Indian Medical Review
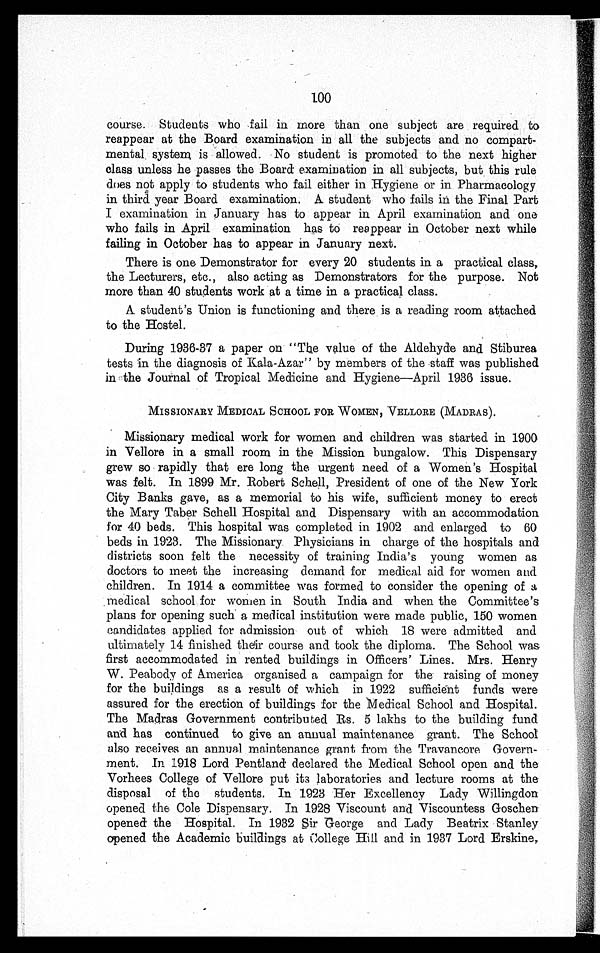
100
course. Students who fail in more than one subject are required to
reappear at the Board examination in all the subjects and no compart-
mental system is allowed. No student is promoted to the next higher
class unless he passes the Board examination in all subjects, but this rule
does not apply to students who fail either in Hygiene or in Pharmacology
in third year Board examination. A student who fails in the Final Part
I examination in January has to appear in April examination and one
who fails in April examination has to reappear in October next while
failing in October has to appear in January next.
There is one Demonstrator for every 20 students in a practical class,
the Lecturers, etc., also acting as Demonstrators for the purpose. Not
more than 40 students work at a time in a practical class.
A student's Union is functioning and there is a reading room attached
to the Hostel.
During 1936-37 a paper on "The value of the Aldehyde and Stiburea
tests in the diagnosis of Kala-Azar" by members of the staff was published
in the Journal of Tropical Medicine and Hygiene—April 1936 issue.
MISSIONARY MEDICAL SCHOOL FOR WOMEN, VELLORE (MADRAS).
Missionary medical work for women and children was started in 1900
in Vellore in a small room in the Mission bungalow. This Dispensary
grew so rapidly that ere long the urgent need of a Women's Hospital
was felt. In 1899 Mr. Robert Schell, President of one of the New York
City Banks gave, as a memorial to his wife, sufficient money to erect
the Mary Taber Schell Hospital and Dispensary with an accommodation
for 40 beds. This hospital was completed in 1902 and enlarged to 60
beds in 1923. The Missionary Physicians in charge of the hospitals and
districts soon felt the necessity of training India's young women as
doctors to meet the increasing demand for medical aid for women and
children. In 1914 a committee was formed to consider the opening of a
medical school for women in South India and when the Committee's
plans for opening such a medical institution were made public, 150 women
candidates applied for admission out of which 18 were admitted and
ultimately 14 finished their course and took the diploma. The School was
first accommodated in rented buildings in Officers' Lines. Mrs. Henry
W. Peabody of America organised a campaign for the raising of money
for the buildings as a result of which in 1922 sufficient funds were
assured for the erection of buildings for the Medical School and Hospital.
The Madras Government contributed Rs. 5 lakhs to the building fund
and has continued to give an annual maintenance grant. The School
also receives an annual maintenance grant from the Travancore Govern-
ment. In 1918 Lord Pentland declared the Medical School open and the
Vorhees College of Vellore put its laboratories and lecture rooms at the
disposal of the students. In 1923 Her Excellency Lady Willingdon
opened the Cole Dispensary. In 1928 Viscount and Viscountess Goschen
opened the Hospital. In 1932 Sir George and Lady Beatrix Stanley
opened the Academic buildings at College Hill and in 1937 Lord Erskine,